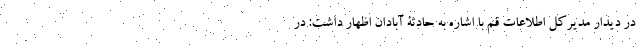
در دیدار مدیرکل اطلاعات قم با اشاره به حادثۀ آبادان اظهار داشت: در